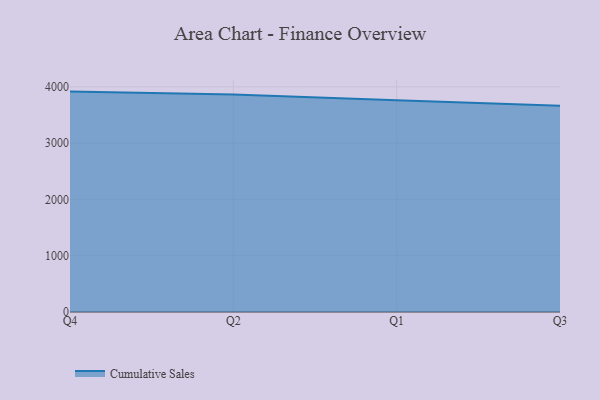
{"axis": {"x": "Quarter", "y": "Satisfaction Score"}, "legend": ["Cumulative Sales"], "data": [{"x": "Q4", "y": 3915.4, "type": "Cumulative Sales"}, {"x": "Q2", "y": 3863.2, "type": "Cumulative Sales"}, {"x": "Q1", "y": 3763.7, "type": "Cumulative Sales"}, {"x": "Q3", "y": 3666.0, "type": "Cumulative Sales"}]}